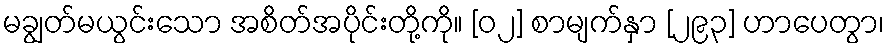
မချွတ်မယွင်းသော အစိတ်အပိုင်းတို့ကို။ [၀၂] စာမျက်နှာ [၂၉၃] ဟာပေတွာ၊